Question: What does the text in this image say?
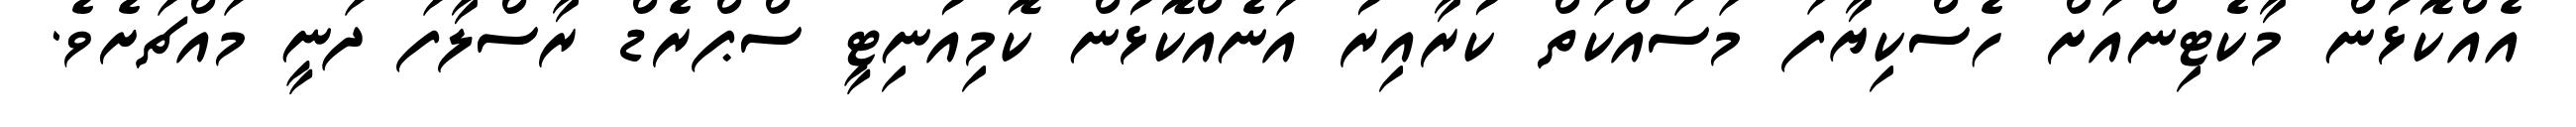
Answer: އެއްކޮޅުން މާކެޓިންއަށް ހެސްކިޔާފަ މަސައްކަތް ކުރާއިރު އަނެއްކޮޅުން ކޮމިއުނިޓީ ސްޕްރެޑް ރާސްލާފަ ދަނީ މައްޗަށެވެ.